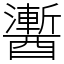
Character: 䤔